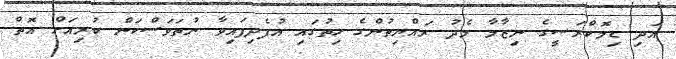
އަދި ޑިމޮކްރަސީގެ ނިޒާމާ މެދު ރައްޔިތުންގެ ހިތުގައި އުފެދިފައިވާ ނުތަވަސްކަން ކުރިއަށް އޮތް